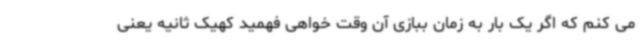
می کنم که اگر یک بار به زمان ببازی آن وقت خواهی فهمید کهیک ثانیه یعنی